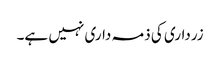
زرداری کی ذمہ داری نہیں ہے۔